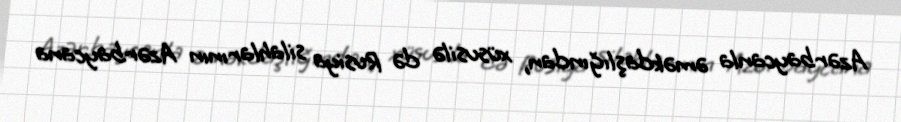
Azərbaycanla əməkdaşlığından, xüsusilə də Rusiya silahlarının Azərbaycana